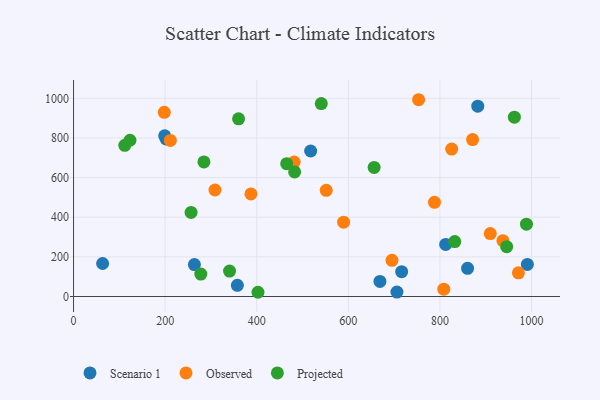
{"axis": {"x": "Engine Size", "y": "Exam Score"}, "legend": ["Observed", "Projected", "Scenario 1"], "data": [{"x": "202.0", "y": 795.0, "type": "Scenario 1"}, {"x": "357.7", "y": 56.3, "type": "Scenario 1"}, {"x": "716.4", "y": 125.0, "type": "Scenario 1"}, {"x": "706.1", "y": 22.4, "type": "Scenario 1"}, {"x": "199.0", "y": 811.0, "type": "Scenario 1"}, {"x": "882.6", "y": 960.4, "type": "Scenario 1"}, {"x": "63.5", "y": 166.4, "type": "Scenario 1"}, {"x": "860.3", "y": 142.1, "type": "Scenario 1"}, {"x": "517.7", "y": 734.1, "type": "Scenario 1"}, {"x": "990.9", "y": 161.8, "type": "Scenario 1"}, {"x": "263.9", "y": 160.9, "type": "Scenario 1"}, {"x": "669.0", "y": 76.2, "type": "Scenario 1"}, {"x": "812.5", "y": 262.5, "type": "Scenario 1"}, {"x": "308.8", "y": 537.4, "type": "Observed"}, {"x": "825.6", "y": 743.9, "type": "Observed"}, {"x": "589.7", "y": 375.2, "type": "Observed"}, {"x": "971.3", "y": 119.4, "type": "Observed"}, {"x": "871.3", "y": 791.8, "type": "Observed"}, {"x": "937.5", "y": 281.7, "type": "Observed"}, {"x": "387.3", "y": 517.6, "type": "Observed"}, {"x": "198.1", "y": 929.3, "type": "Observed"}, {"x": "788.1", "y": 475.2, "type": "Observed"}, {"x": "909.9", "y": 317.4, "type": "Observed"}, {"x": "695.3", "y": 182.6, "type": "Observed"}, {"x": "211.4", "y": 787.4, "type": "Observed"}, {"x": "551.7", "y": 535.6, "type": "Observed"}, {"x": "753.4", "y": 992.9, "type": "Observed"}, {"x": "808.4", "y": 36.7, "type": "Observed"}, {"x": "481.6", "y": 678.1, "type": "Observed"}, {"x": "482.7", "y": 628.8, "type": "Projected"}, {"x": "111.9", "y": 763.0, "type": "Projected"}, {"x": "988.9", "y": 364.8, "type": "Projected"}, {"x": "284.7", "y": 678.8, "type": "Projected"}, {"x": "360.3", "y": 896.5, "type": "Projected"}, {"x": "256.6", "y": 424.3, "type": "Projected"}, {"x": "123.2", "y": 788.4, "type": "Projected"}, {"x": "832.3", "y": 277.0, "type": "Projected"}, {"x": "277.9", "y": 113.2, "type": "Projected"}, {"x": "540.9", "y": 973.4, "type": "Projected"}, {"x": "340.6", "y": 128.1, "type": "Projected"}, {"x": "656.3", "y": 651.5, "type": "Projected"}, {"x": "402.7", "y": 21.3, "type": "Projected"}, {"x": "962.5", "y": 904.7, "type": "Projected"}, {"x": "465.4", "y": 670.2, "type": "Projected"}, {"x": "945.7", "y": 251.3, "type": "Projected"}]}